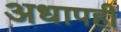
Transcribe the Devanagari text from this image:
अधापही